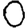
Digit: 0